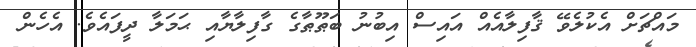
މައްޗަށް އެކުލެވޭ ޤާފިލާއެއް އައިސް އިބުނު ބަޠޫޠާގެ ގާފިލާޔާއި ޙަމަލާ ދީފައެވެ. އެހެން